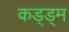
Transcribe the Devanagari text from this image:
कड्ड्म